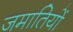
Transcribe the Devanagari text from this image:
जमातियों